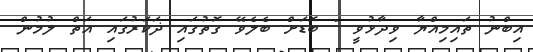
އިބްނު ތައިމިއްޔާ ވިދާޅުވީ " ބޮޑަށް ބެލެވޭ ގޮތުގައި ޛަކަރުގައި އަތް ލުމުން